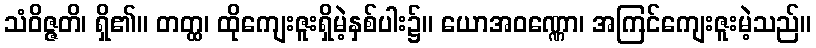
သံဝိဇ္ဇတိ၊ ရှိ၏။ တတ္ထ၊ ထိုကျေးဇူးရှိမဲ့နှစ်ပါး၌။ ယောအဝဏ္ဏော၊ အကြင်ကျေးဇူးမဲ့သည်။